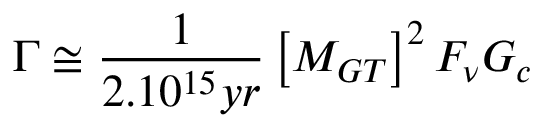
\Gamma \cong \frac { 1 } { 2 . 1 0 ^ { 1 5 } y r } \left[ M _ { G T } \right] ^ { 2 } F _ { \nu } G _ { c }